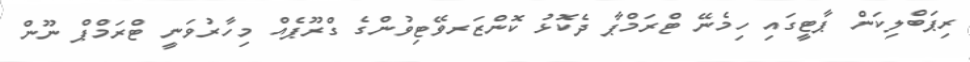
ރިޕަބްލިކަން ޕާޓީގައި ހިމެނޭ ޓްރަމްޕާ ދެކޮޅު ކޮންޒަރވޭޓިވުންގެ ގްރޫޕެއް މިހާރުވަނީ ޓްރަމްޕް ނޫން